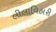
લીલાવિહારી